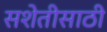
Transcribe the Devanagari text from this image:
सशेतीसाठी